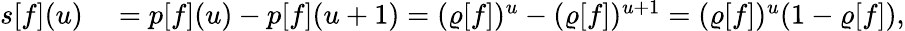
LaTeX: \begin{array}{rl}{s[f](u)}&{{}=p[f](u)-p[f](u+1)=(\varrho[f])^{u}-(\varrho[f])^{u+1}=(\varrho[f])^{u}(1-\varrho[f]),}\end{array}